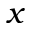
x